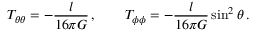
T _ { \theta \theta } = - \frac { l } { 1 6 \pi G } \, , \qquad T _ { \phi \phi } = - \frac { l } { 1 6 \pi G } \sin ^ { 2 } \theta \, .